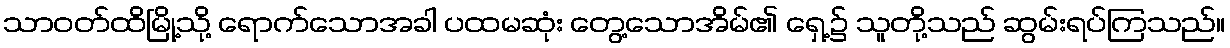
သာဝတ်ထိမြို့သို့ ရောက်သောအခါ ပထမဆုံး တွေ့သောအိမ်၏ ရှေ့၌ သူတို့သည် ဆွမ်းရပ်ကြသည်။